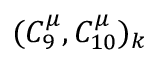
( C _ { 9 } ^ { \mu } , C _ { 1 0 } ^ { \mu } ) _ { k }